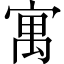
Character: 寓